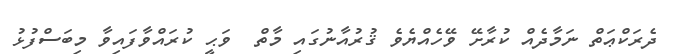
ދެރަކްޢަތް ނަމާދެއް ކުރާށޭ ވޭހެއްޔެވެ ޤުރުއާނުގައި މާތް  ވަޙީ ކުރައްވާފައިވާ މިބަސްފުޅު